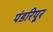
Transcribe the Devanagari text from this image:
पंडरिपूर